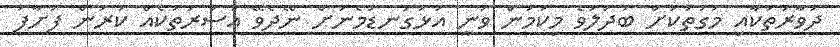
ދުވާރުތަކާއި މަގުތަކަށް ބަދަލުވެ މިކަމުން ވަނީ އަޅުގަނޑުމެނަށް ނޭދެވޭ އަސަރުތަކެއް ކުރަން ފަށާފަ